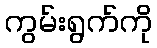
ကွမ်းရွက်ကို